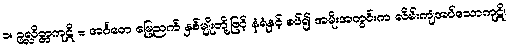
၁။ ဥလ္လိတ္တကုဋိ = အင်္ဂတေ မြေညက် နှစ်မျိုးတို့ဖြင့် နံရံနှင့် စပ်၍ အမိုးအတွင်းက လိမ်းကျံအပ်သောကုဋိ၊